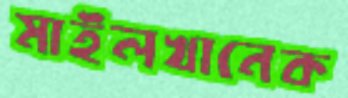
মাইলখানেক